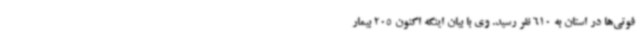
فوتی‌ها در استان به 610 نفر رسید. وی با بیان اینکه اکنون 205 بیمار